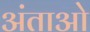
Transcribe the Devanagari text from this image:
अंताओ